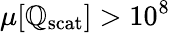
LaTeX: \mu[\mathbb{Q}_{\mathrm{{scat}}}]>10^{8}